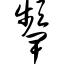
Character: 颦